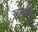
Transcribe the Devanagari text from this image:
सासाकू